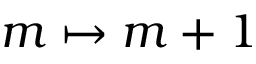
m \mapsto m + 1